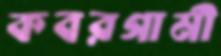
কবরগামী